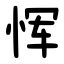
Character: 恽